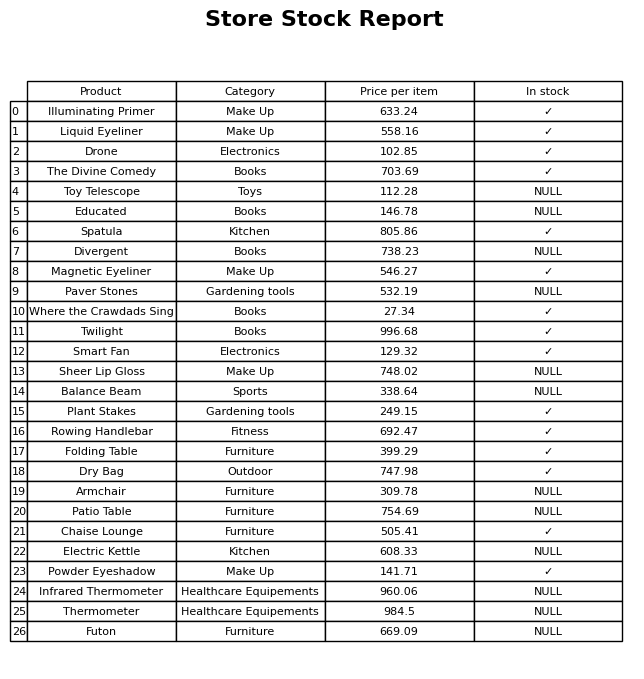
question: What is the price for Armchair?
answer: The price of Armchair is 309.78.